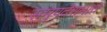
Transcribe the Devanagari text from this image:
समुपदेशनाचे